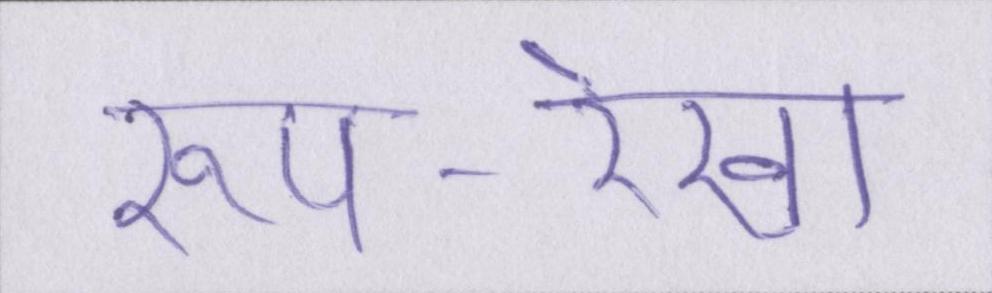
रूप-रेखा